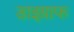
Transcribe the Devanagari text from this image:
डाइग्राफ